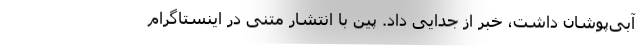
آبی‌پوشان داشت، خبر از جدایی داد. پین با انتشار متنی در اینستاگرام